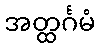
အတ္ထင်္ဂမံ